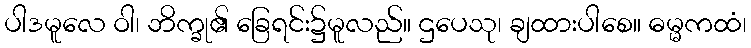
ပါဒမူလေ ဝါ၊ ဘိက္ခု၏ ခြေရင်း၌မူလည်။ ဌပေသု၊ ချထားပါစေ။ ဓမ္မကထံ၊